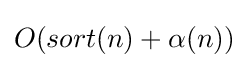
O(sort(n)+\alpha (n))